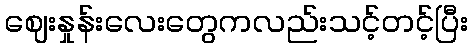
ဈေးနှုန်းလေးတွေကလည်းသင့်တင့်ပြီး